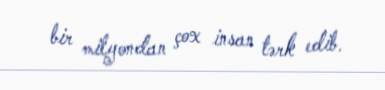
bir milyondan çox insan tərk edib.